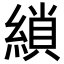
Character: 𮈲